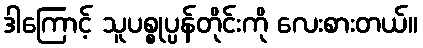
ဒါကြောင့် သူပစ္စုပ္ပန်တိုင်းကို လေးစားတယ်။